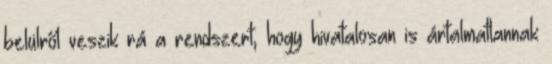
belülről veszik rá a rendszert, hogy hivatalosan is ártalmatlannak